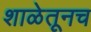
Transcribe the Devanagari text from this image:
शाळेतूनच